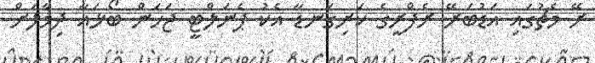
ރޭ މެޗުގައި އަޑުބަރޭ ރެފްރީގެ ކަށިގަނޑާ އެކު ޕެނަލްޓީ ޖަހަން ބޯޅައާ ދިމާލަށް